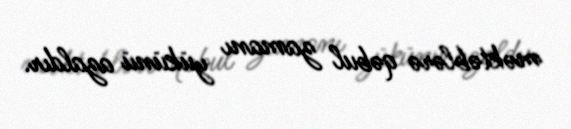
məktəblərə qəbul zamanı yükünü azaldır.